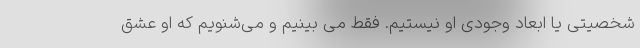
شخصیتی یا ابعاد وجودی او نیستیم. فقط می بینیم و می‌شنویم که او عشق